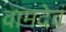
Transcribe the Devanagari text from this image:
वामदेवं